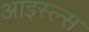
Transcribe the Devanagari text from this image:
आइस्ल्स